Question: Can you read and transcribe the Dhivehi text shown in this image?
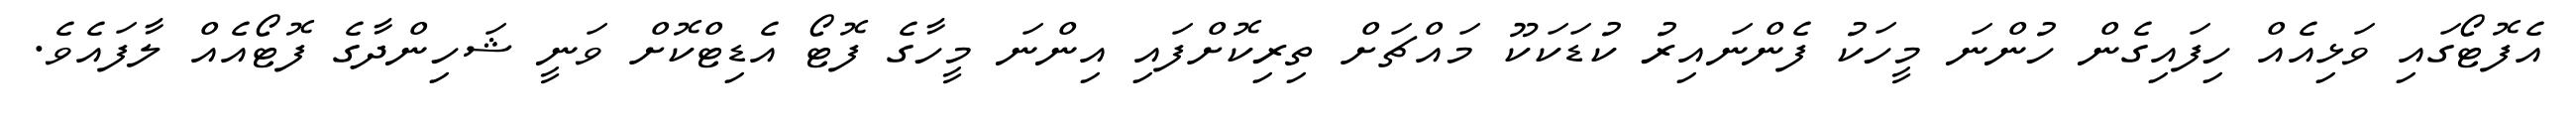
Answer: އެފޮޓޯގައި ވަޅިއެއް ހިފައިގެން ހުންނަ މީހަކު ފެންނައިރު ކުޑަކަކޫ މައްޗަށް ތިރިކޮށްފައި އިންނަ މީހާގެ ފޮޓޯ އެޑިޓްކޮށް ވަނީ ޝަހިންދާގެ ފޮޓޯއެއް ލާފައެވެ.